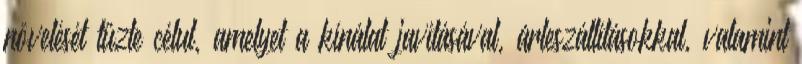
növelését tűzte célul, amelyet a kínálat javításával, árleszállításokkal, valamint